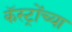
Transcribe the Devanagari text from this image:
कॅस्ट्रोंच्या